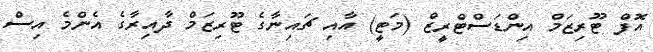
އޮފް ޓޫރިޒަމް އިންޑަސްޓްރީޒް (މަޓީ) އާއި ޗައިނާގެ ޓޫރިޒަމް ދާއިރާގެ އެންމެ އިސް